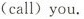
(call) you.